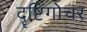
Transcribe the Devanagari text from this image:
दॄष्टिगोचर